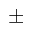
\pm